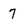
Character: 7